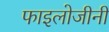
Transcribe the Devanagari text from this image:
फाइलोजीनी